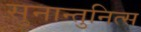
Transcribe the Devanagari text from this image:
सुनान्तुनित्स